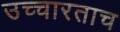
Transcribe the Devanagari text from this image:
उच्चारताच